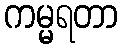
ကမ္မရတာ